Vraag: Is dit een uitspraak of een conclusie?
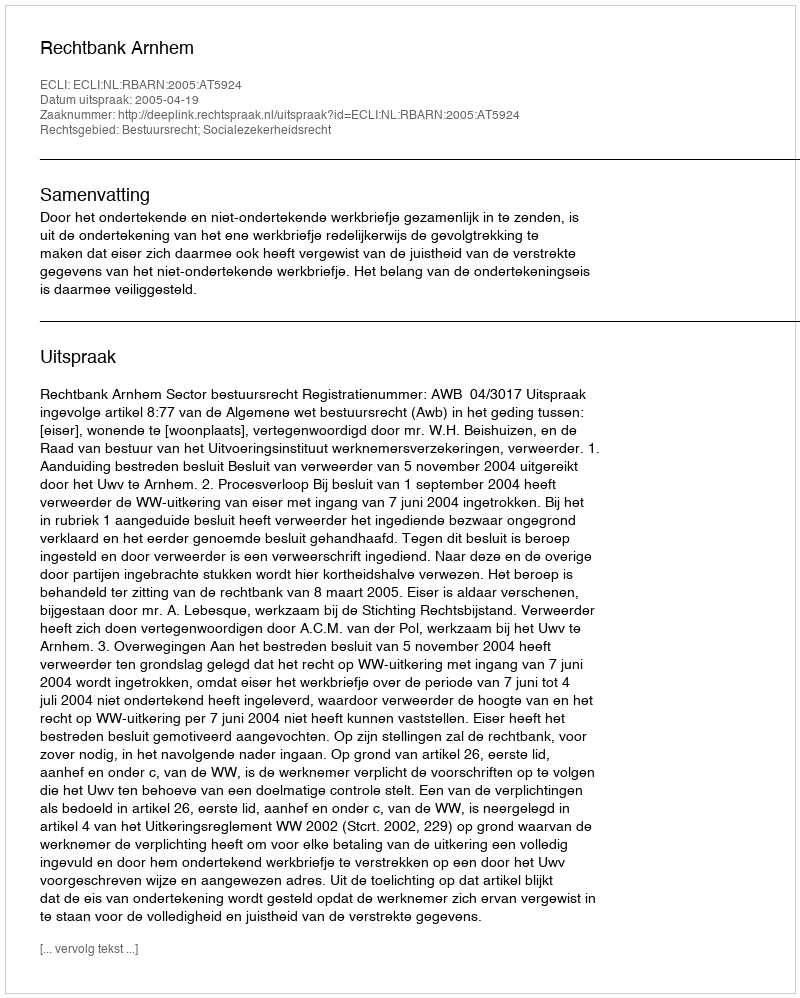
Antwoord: Uitspraak